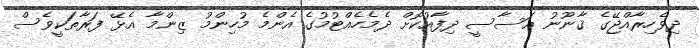
ދިވެހިރާއްޖޭގެ ޤާނޫނު އަސާސީ ދިފާއުކޮށް ދެމެހެއްޓުމުގެ އެންމެ މުހިންމު ޒިންމާ އެޅޭ ފަރާތަކީވެސް